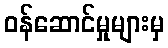
ဝန်ဆောင်မှုများမှ